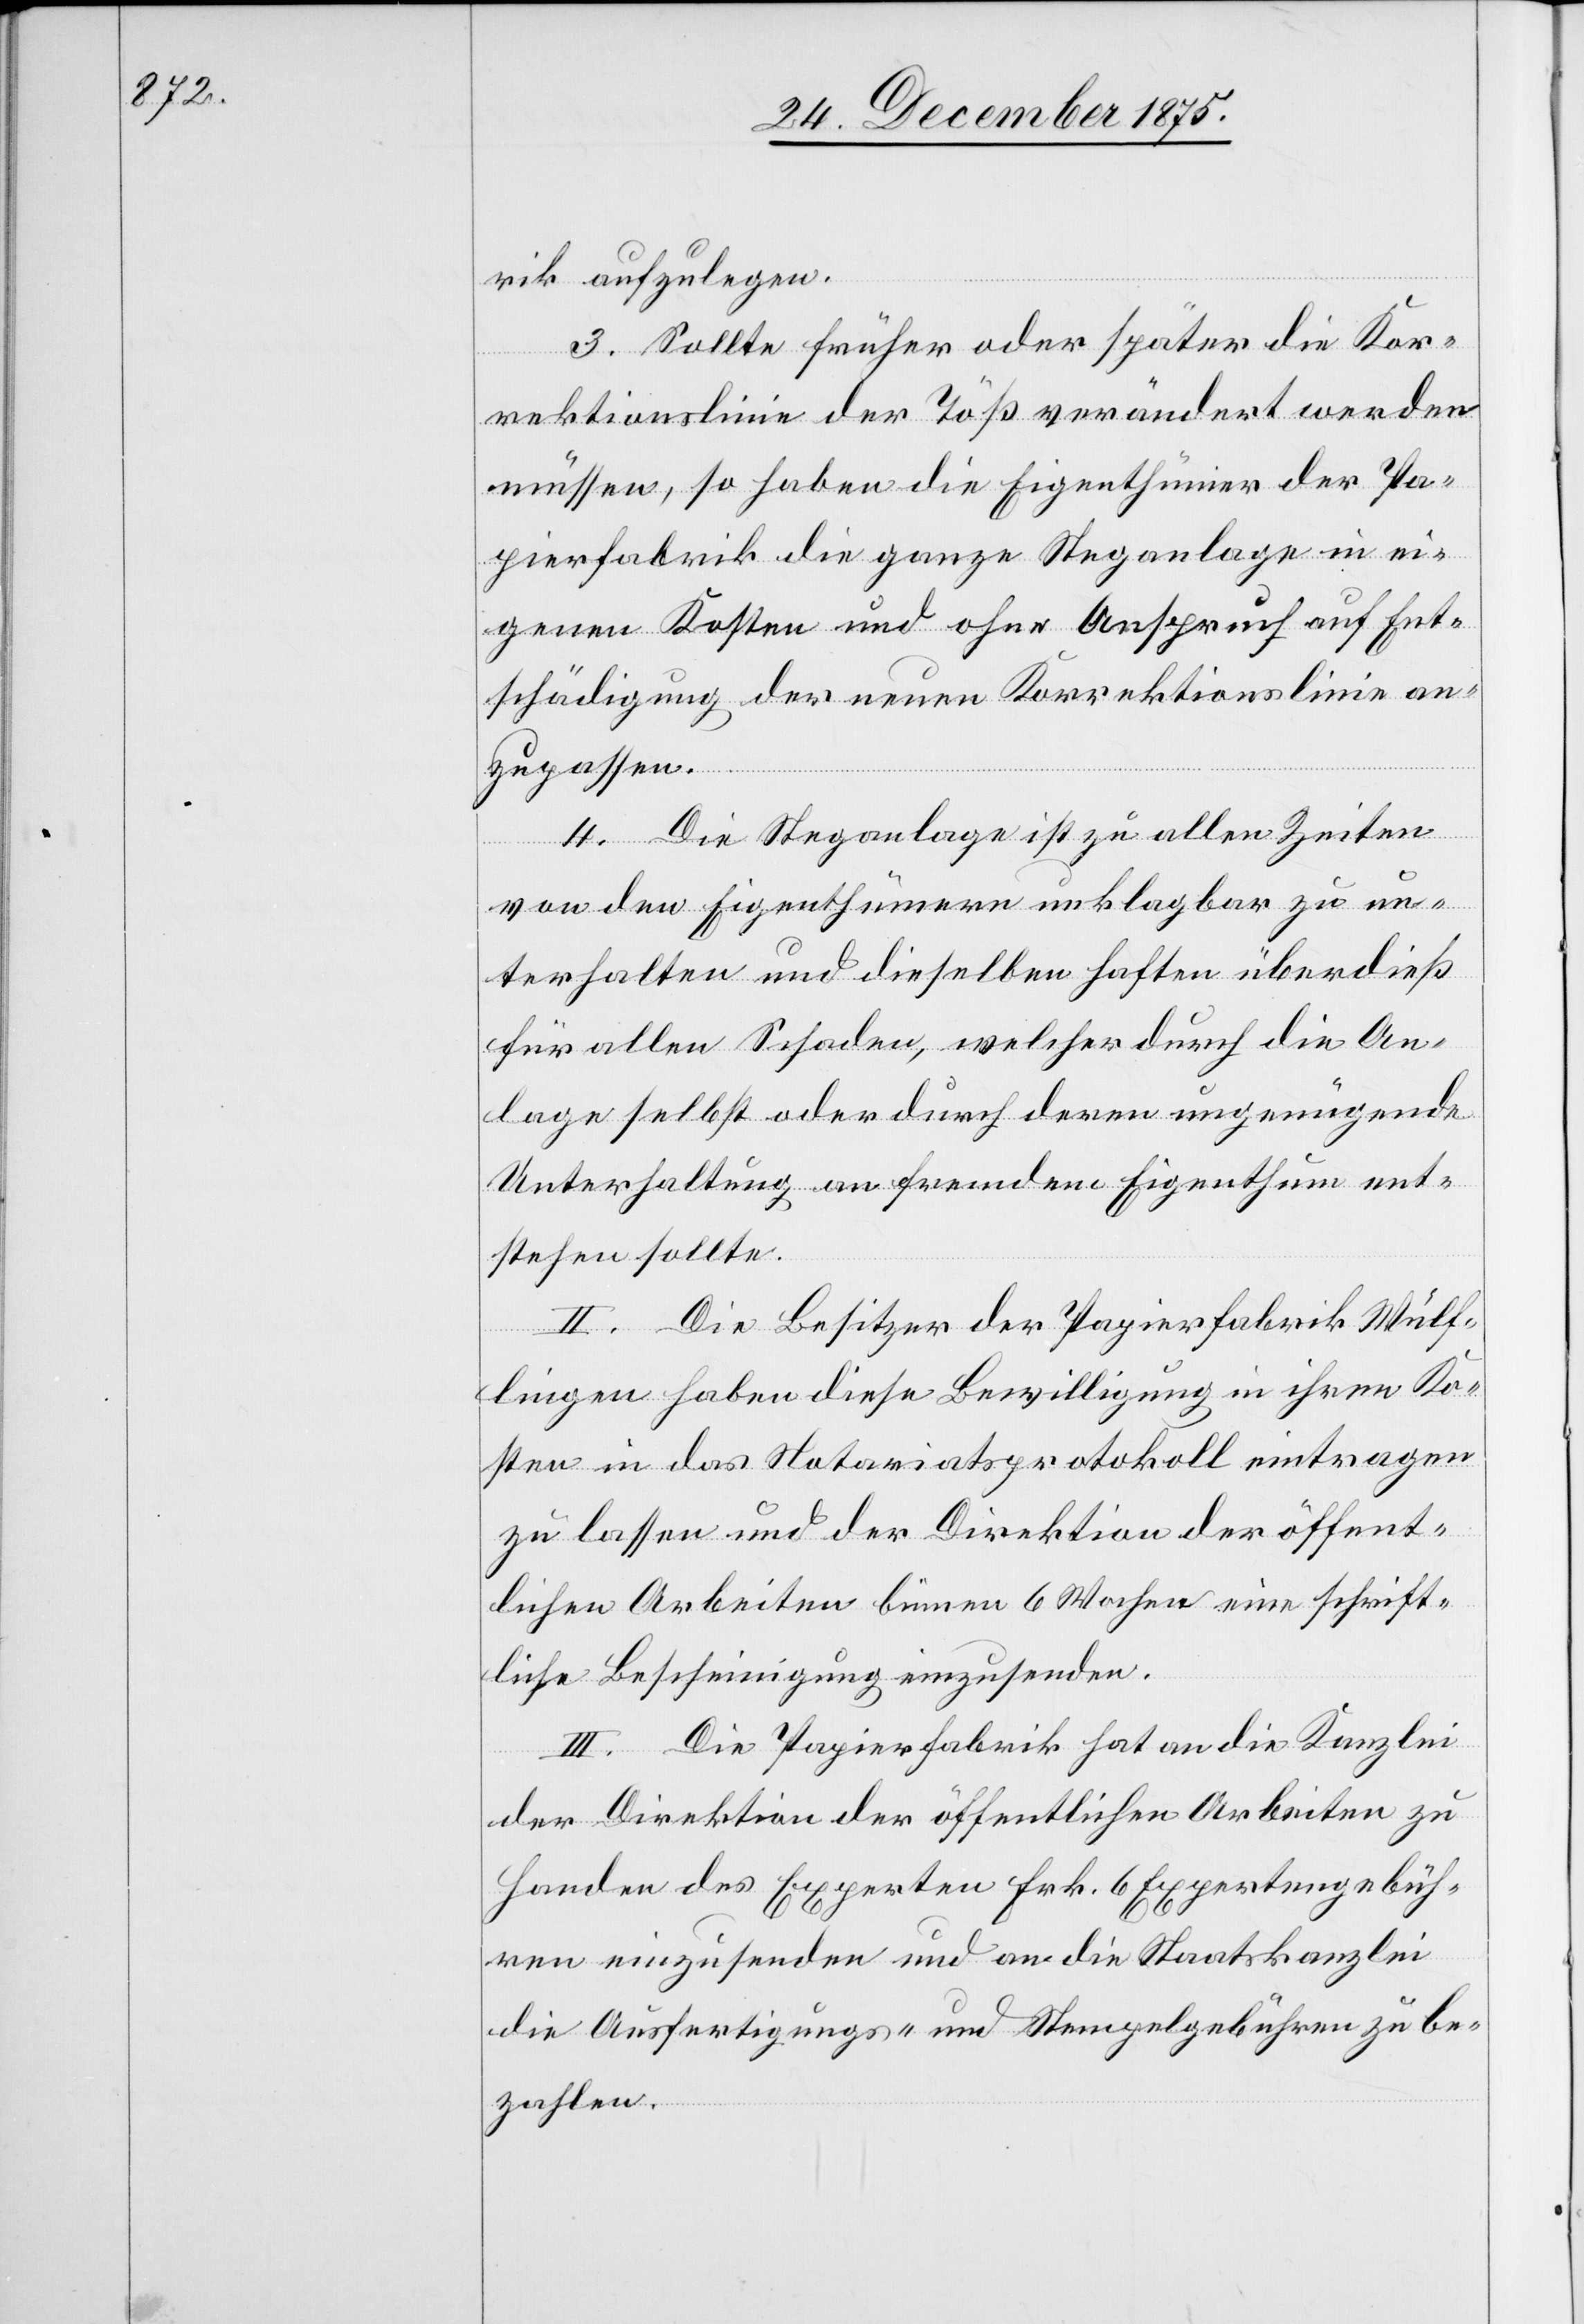
rik aufzulegen.
3. Sollte früher oder später die Kor¬
rektionslinie der Töß verändert werden
müssen, so haben die Eigenthümer der Pa¬
pierfabrik die ganze Steganlage in ei¬
genen Kosten und ohne Anspruch auf Ent¬
schädigung der neuen Korrektionslinie an¬
zupassen.
4. Die Steganlage ist zu allen Zeiten
von den Eigenthümern unklagbar zu un¬
terhalten und dieselben haften überdieß
für allen Schaden, welcher durch die An¬
lage selbst oder durch deren ungenügende
Unterhaltung an fremdem Eigenthum ent¬
stehen sollte.
II. Die Besitzer der Papierfabrik Wülf¬
lingen haben diese Bewilligung in ihren Ko¬
sten in das Notariatsprotokoll eintragen
zu lassen und der Direktion der öffent¬
lichen Arbeiten binnen 6 Wochen eine schrift¬
liche Bescheinigung einzusenden.
III. Die Papierfabrik hat an die Kanzlei
der Direktion der öffentlichen Arbeiten zu
Handen des Experten Frk. 6 Expertengebüh¬
ren einzusenden und an die Staatskanzlei
die Ausfertigungs- und Stempelgebühren zu be¬
zahlen.